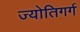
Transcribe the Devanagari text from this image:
ज्योतिगर्ग